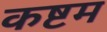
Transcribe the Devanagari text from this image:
कष्टम